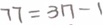
7 7 = 3 n - 1